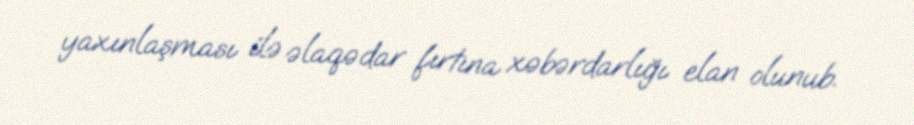
yaxınlaşması ilə əlaqədar fırtına xəbərdarlığı elan olunub.